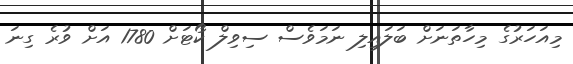
މިއަހަރުގެ މިހާތަނަށް ބަލައިލި ނަމަވެސް ސިވިލް ކޯޓަށް 1780 އަށް ވުރެ ގިނަ